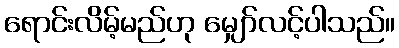
ရောင်းလိမ့်မည်ဟု မျှော်လင့်ပါသည်။